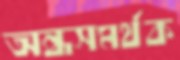
অন্ধসমর্থক